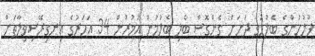
ފުލުހުންގެ ބެލުމުގެ ދަށަށް ގެންގޮސް ބެލި ބެލުމުން އުމުރުން 34 އަހަރުގެ އިނގިރޭސިވިލާތަށް